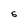
Character: S